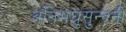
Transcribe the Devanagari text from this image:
अतिमघुसुन्दनी